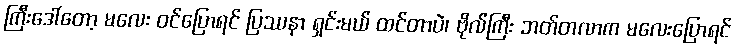
ကြီးဒေါ်တော့ မလေး ဝင်ပြောရင် ပြဿနာ ရှင်းမယ် ထင်တာပဲ၊ ဗိုလ်ကြီး ဘတ်တလာက မလေးပြောရင်